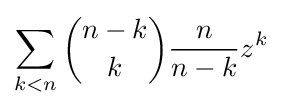
\sum _{k<n}{\binom {n-k}{k}}{\frac {n}{n-k}}z^{k}